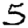
Digit: 5